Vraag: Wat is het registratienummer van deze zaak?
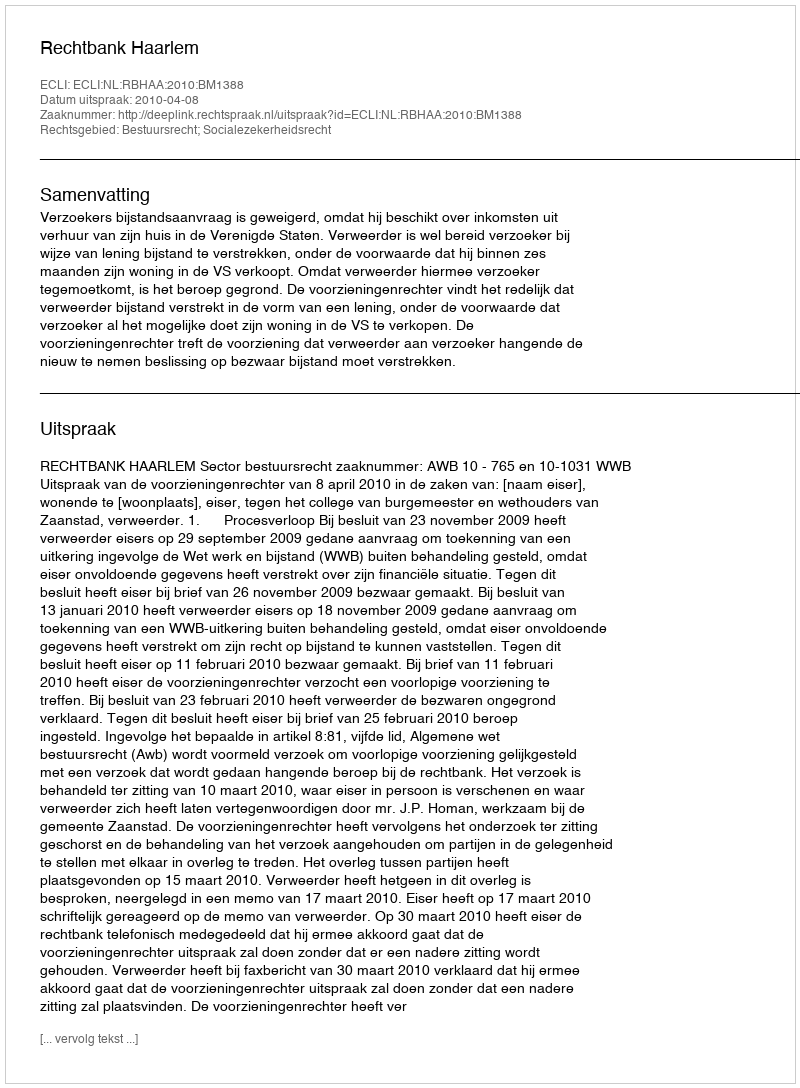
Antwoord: http://deeplink.rechtspraak.nl/uitspraak?id=ECLI:NL:RBHAA:2010:BM1388